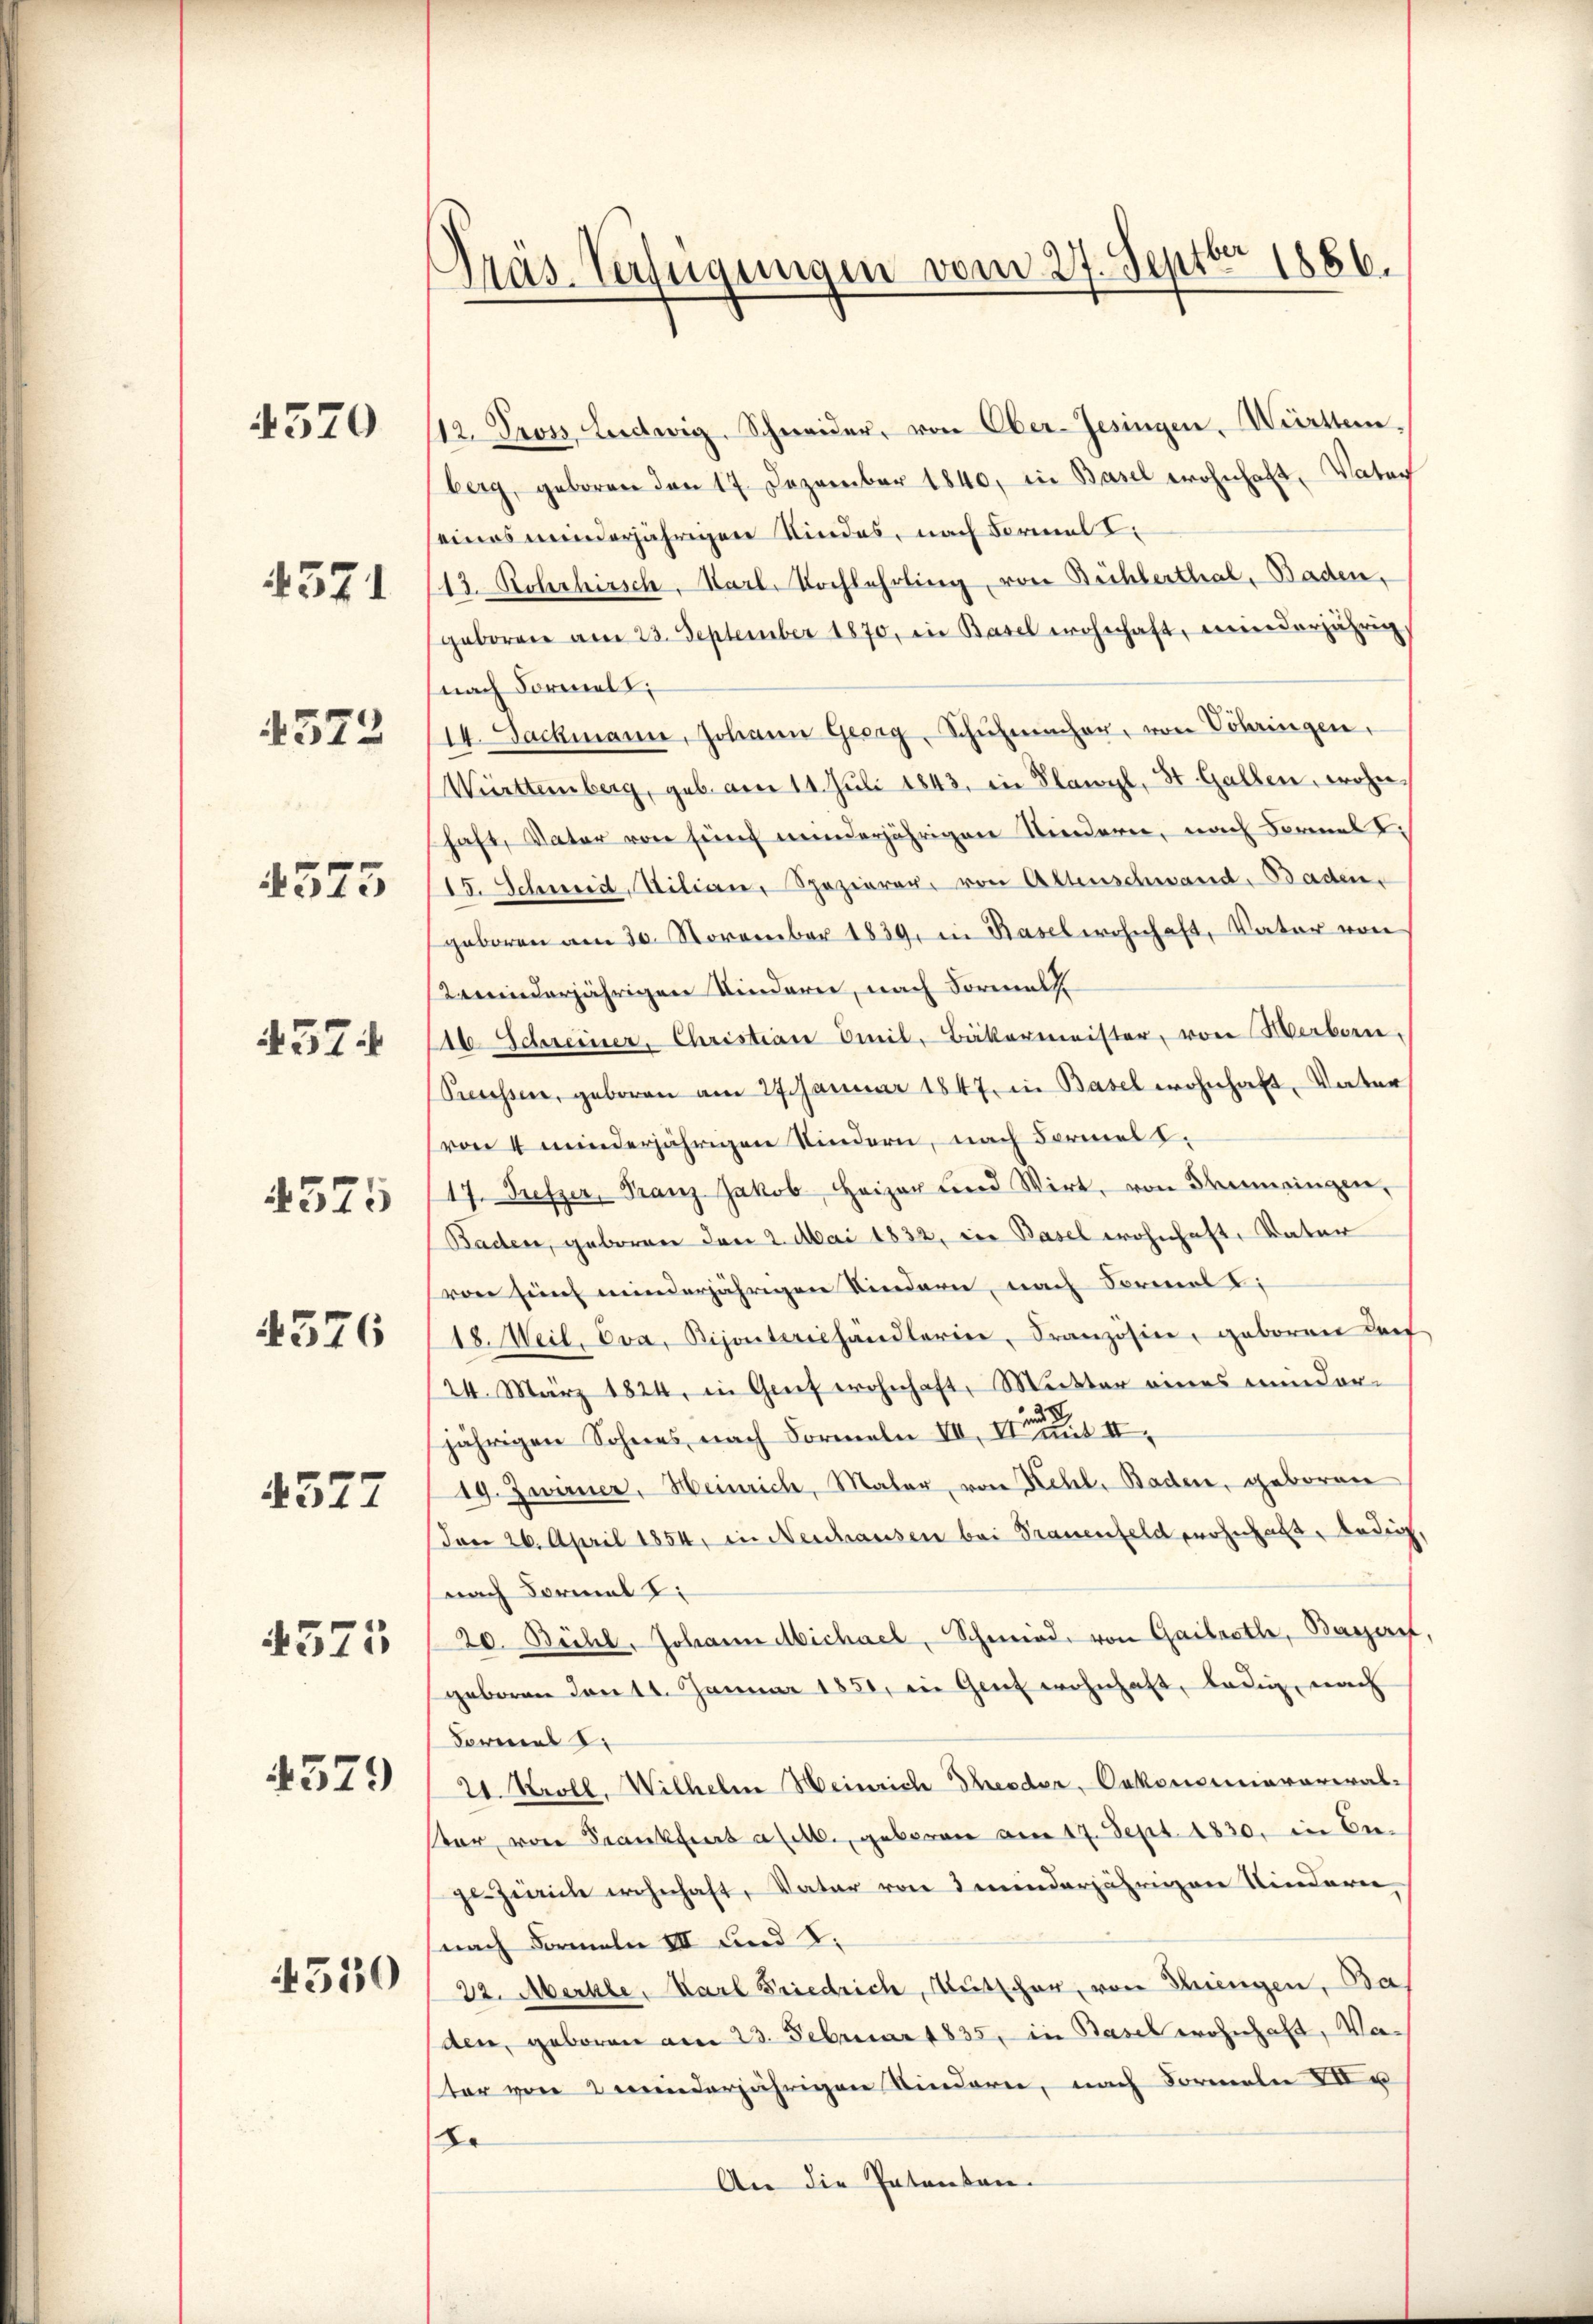
4370

4371

4572

4525

457.

4375
4576
4577
4575
4579

4550

Präs. Verfügungen vom 27. Septbr 1856.

12. Tros. Ludwig Schweider, von Ober-Gesingen, Württem
berg, geboren den 17. Dezember 1840, in Basel wohnhaft, Vater
eines minderjährigen Kindes, nach Formal
113. Rohrhirsch, Narl. Nochlehrling, von Büchlerthal, Baden,
geboren am 23. September 1870, in Basel wohnhaft, winderjährig
(nach Formelt;
I4. Jackmann, Johann Georg, Schŭhmacher, von Sohringen,
Württemberg, geb. am 14. Juli 1843, in Flawyl, St. Gallen, wohne
haft, Vater von fünf minderjährigen Kinderer, nach Formel,
15. Schweid, Stilian, Spazierer, von Altenschwand, Baden,
geboren am 30. November 1839, in Basel wohnhaft, Vater von
rminderjährigen Kindere, nach Formal
16 Schreiner, Christian Omil, Bäkermeister, von Werben,
Seeressen, geboren am 27. Januar 1847 in Basel wohnhaft, Vater
von 4 minderjährigen Kindern, nach Formel z
17. Diefzer, Franz Jakob Heizer und Wirt, von Semingen,
Baden, geboren den 2. Mai 1832, in Basel wohnhaft, Vater
von sein meinderjährigen Kindern, nach Formel I:
18. Weil, Eva Bijonterishändlerier, Französien, geboren darf
24. März 1824, in Genf wohnhaft, Mutter eines ein dar-
jährigen Sohnes nach Formeln VII, S. II.
19. Junuer, Heinrich, Maler, von Kehl, Baden, geboren
Den 26. April 1854, in Neschausen bei Trauenfeld wohnhaft, ledig,
nach Formal
20. Bühl, Johann Michael, Schmied, von Gailroth, Bayerit.
geboren den 11. Januar 1851, in Genf wohnhaft, ledig, nach
Formel i
21. Stroll. Wilhelm Heinrich Theodor, Oekonomiavarialter, von Frankfurt a lit. geboren vom 17. Sept. 1830. in En-
gezeich wohnhaft, Vater von 3 minderjährigen Kindern
snach Formeln III und 2.
22. Merkle. Karl Friedrich, Mutscher, von Ihrengen, Ba
den, geboren am 23. Februar 1835, in Basel wohnhaft, Vaster von 2 minderjährigen Kindern, nach Formeln III u
Er
An die Patenten-